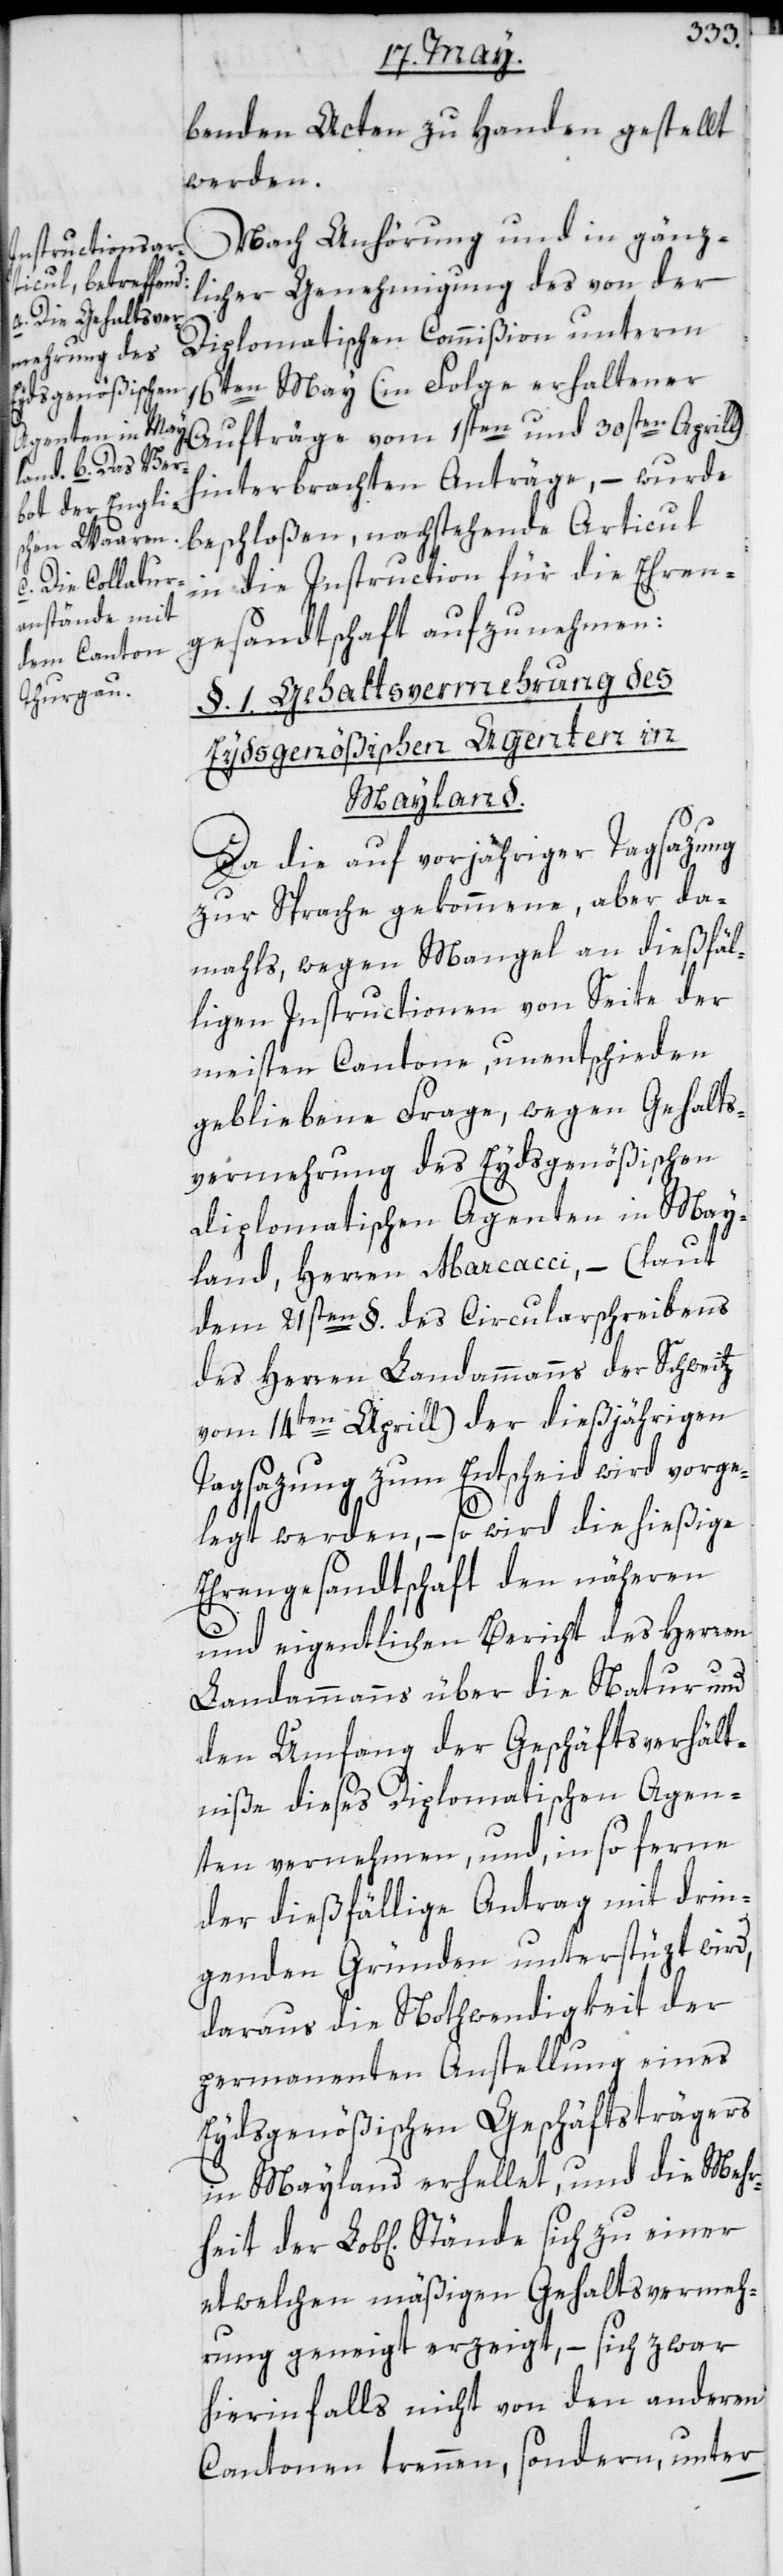
rheit der
Stände sich zu einer

benden Acten zu Handen gestellt
werden.
Nach Anhörung und in gänz¬
licher Genehmigung des von der
Diplomatischen Commißion unterm
16ten May (in Folge erhaltener
Aufträge vom 1sten und 30sten Aprill)
hinterbrachten Anträge, – wurde
beschloßen, nachstehende Articul
in die Instruction für die Ehren¬
gesandtschaft aufzunehmen:
§. 1. Gehaltsvermehrung des
Eydsgenößischen Agenten in
Mayland.
Da die auf vorjähriger Tagsazung
zur Sprache gekommene, aber da¬
mahls, wegen Mangel an dießfäl¬
ligen Instructionen von Seite der
meisten Cantone, unentschieden
gebliebene Frage, wegen Gehalts¬
vermehrung des Eydsgenößischen
diplomatischen Agenten in May¬
land, Herren Marcacci, – (laut
dem 21sten §. des Circularschreibens
des Herren Landammanns der Schweiz
vom 14ten Aprill) der dießjährigen
Tagsazung zum Entscheid wird vorge¬
legt werden, – so wird die hießige
Ehrengesandtschaft den näheren
und eigentlichen Bericht des Herren
Landammanns über die Natur und
den Umfang der Geschäftsverhält¬
niße dieses Diplomatischen Agen¬
ten vernehmen, und insoferne
der dießfällige Antrag mit drin¬
genden Gründen unterstüzt wird,
daraus die Nothwendigkeit der
permanenten Anstellung eines
Eydsgenößischen Geschäftsträgers
in Mayland erhellet, und die Meh¬
etwelchen mäßigen Gehaltsvermeh¬
rung geneigt erzeigt, – sich zwar
hierinfalls nicht von den anderen
Cantonen trennen, sondern unter